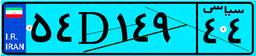
۵۴D۱۴۹۴۴